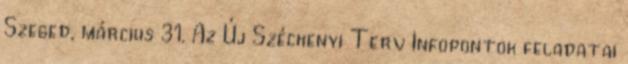
Szeged, március 31. Az Új Széchenyi Terv Infopontok feladatai